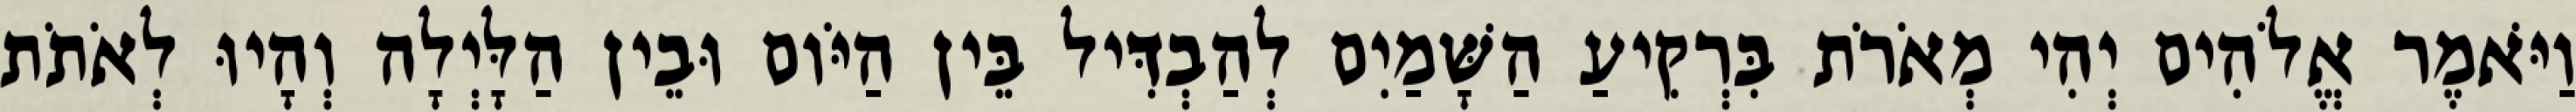
וַיֹּאמֶר אֱלֹהִים יְהִי מְאֹרֹת בִּרְקִיעַ הַשָּׁמַיִם לְהַבְדִּיל בֵּין הַיֹּום וּבֵין הַלָּיְלָה וְהָיוּ לְאֹתֹת